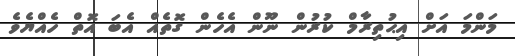
މަންމަ އަށް އިޙުތިރާމް ކުރުން ނޫން އެހެން ގޮތެއް އެބަ އޮތް ހެއްޔެވެ